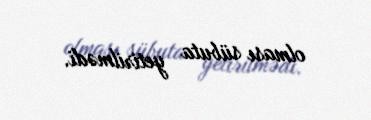
olması sübuta yetirilmədi.